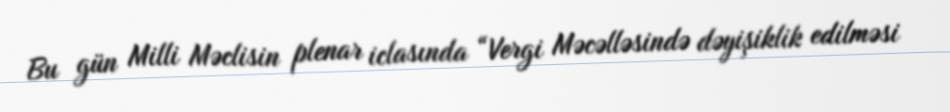
Bu gün Milli Məclisin plenar iclasında “Vergi Məcəlləsində dəyişiklik edilməsi